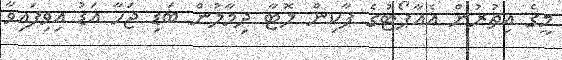
މީގެ އިތުރުން އެއާޕޯޓުގެ ޕާކިން ލޮޓާ ދިމާލުން ބަޑި ޖަހާ އަޑު އިވިފައިވާ